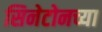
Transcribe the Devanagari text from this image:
सिनेटोनच्या